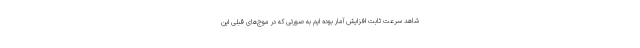
شاهد سرعت ثابت افزایش آمار بوده ایم به صورتی که در موج‌های قبلی این